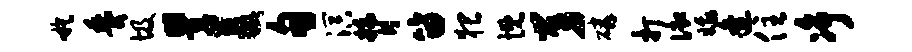
嗾黍圾瞿双甸溟膂笛猥慨舅磷打御娥逄住净